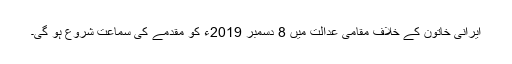
ایرانی خاتون کے خلاف مقامی عدالت میں 8 دسمبر 2019ء کو مقدمے کی سماعت شروع ہو گی۔